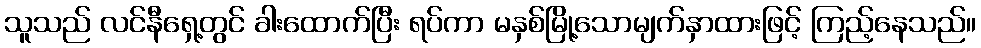
သူသည် လင်နီရှေ့တွင် ခါးထောက်ပြီး ရပ်ကာ မနှစ်မြို့သောမျက်နှာထားဖြင့် ကြည့်နေသည်။